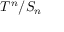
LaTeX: T ^ { n } / S _ { n }